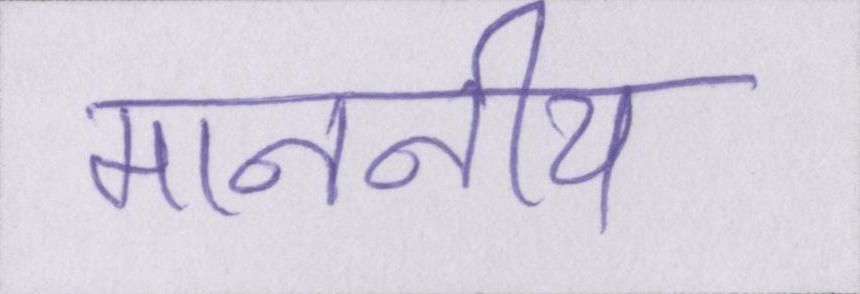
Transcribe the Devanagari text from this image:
माननीय